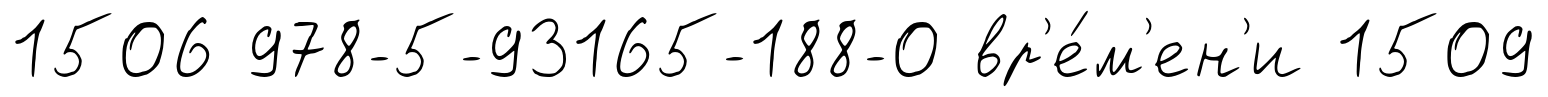
1506 978-5-93165-188-0 вр'е́м'ен'и 1509